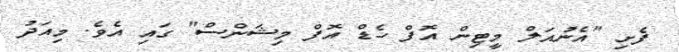
ފެށި "އެނުއަލް މީޓިން އޮފް ހެޑް އޮފް މިޝަންސް" ގައި އެވެ. މިއަދު